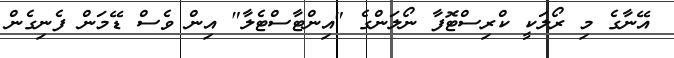
އޭނާގެ މި ރޯލަކީ ކްރިސްޓޮފާ ނޯލަންގެ "އިންޓާސްޓެލާ" އިން ވެސް ޑޭމަން ފެނިގެން